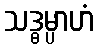
သဒ္ဓမ္ပာဟံ